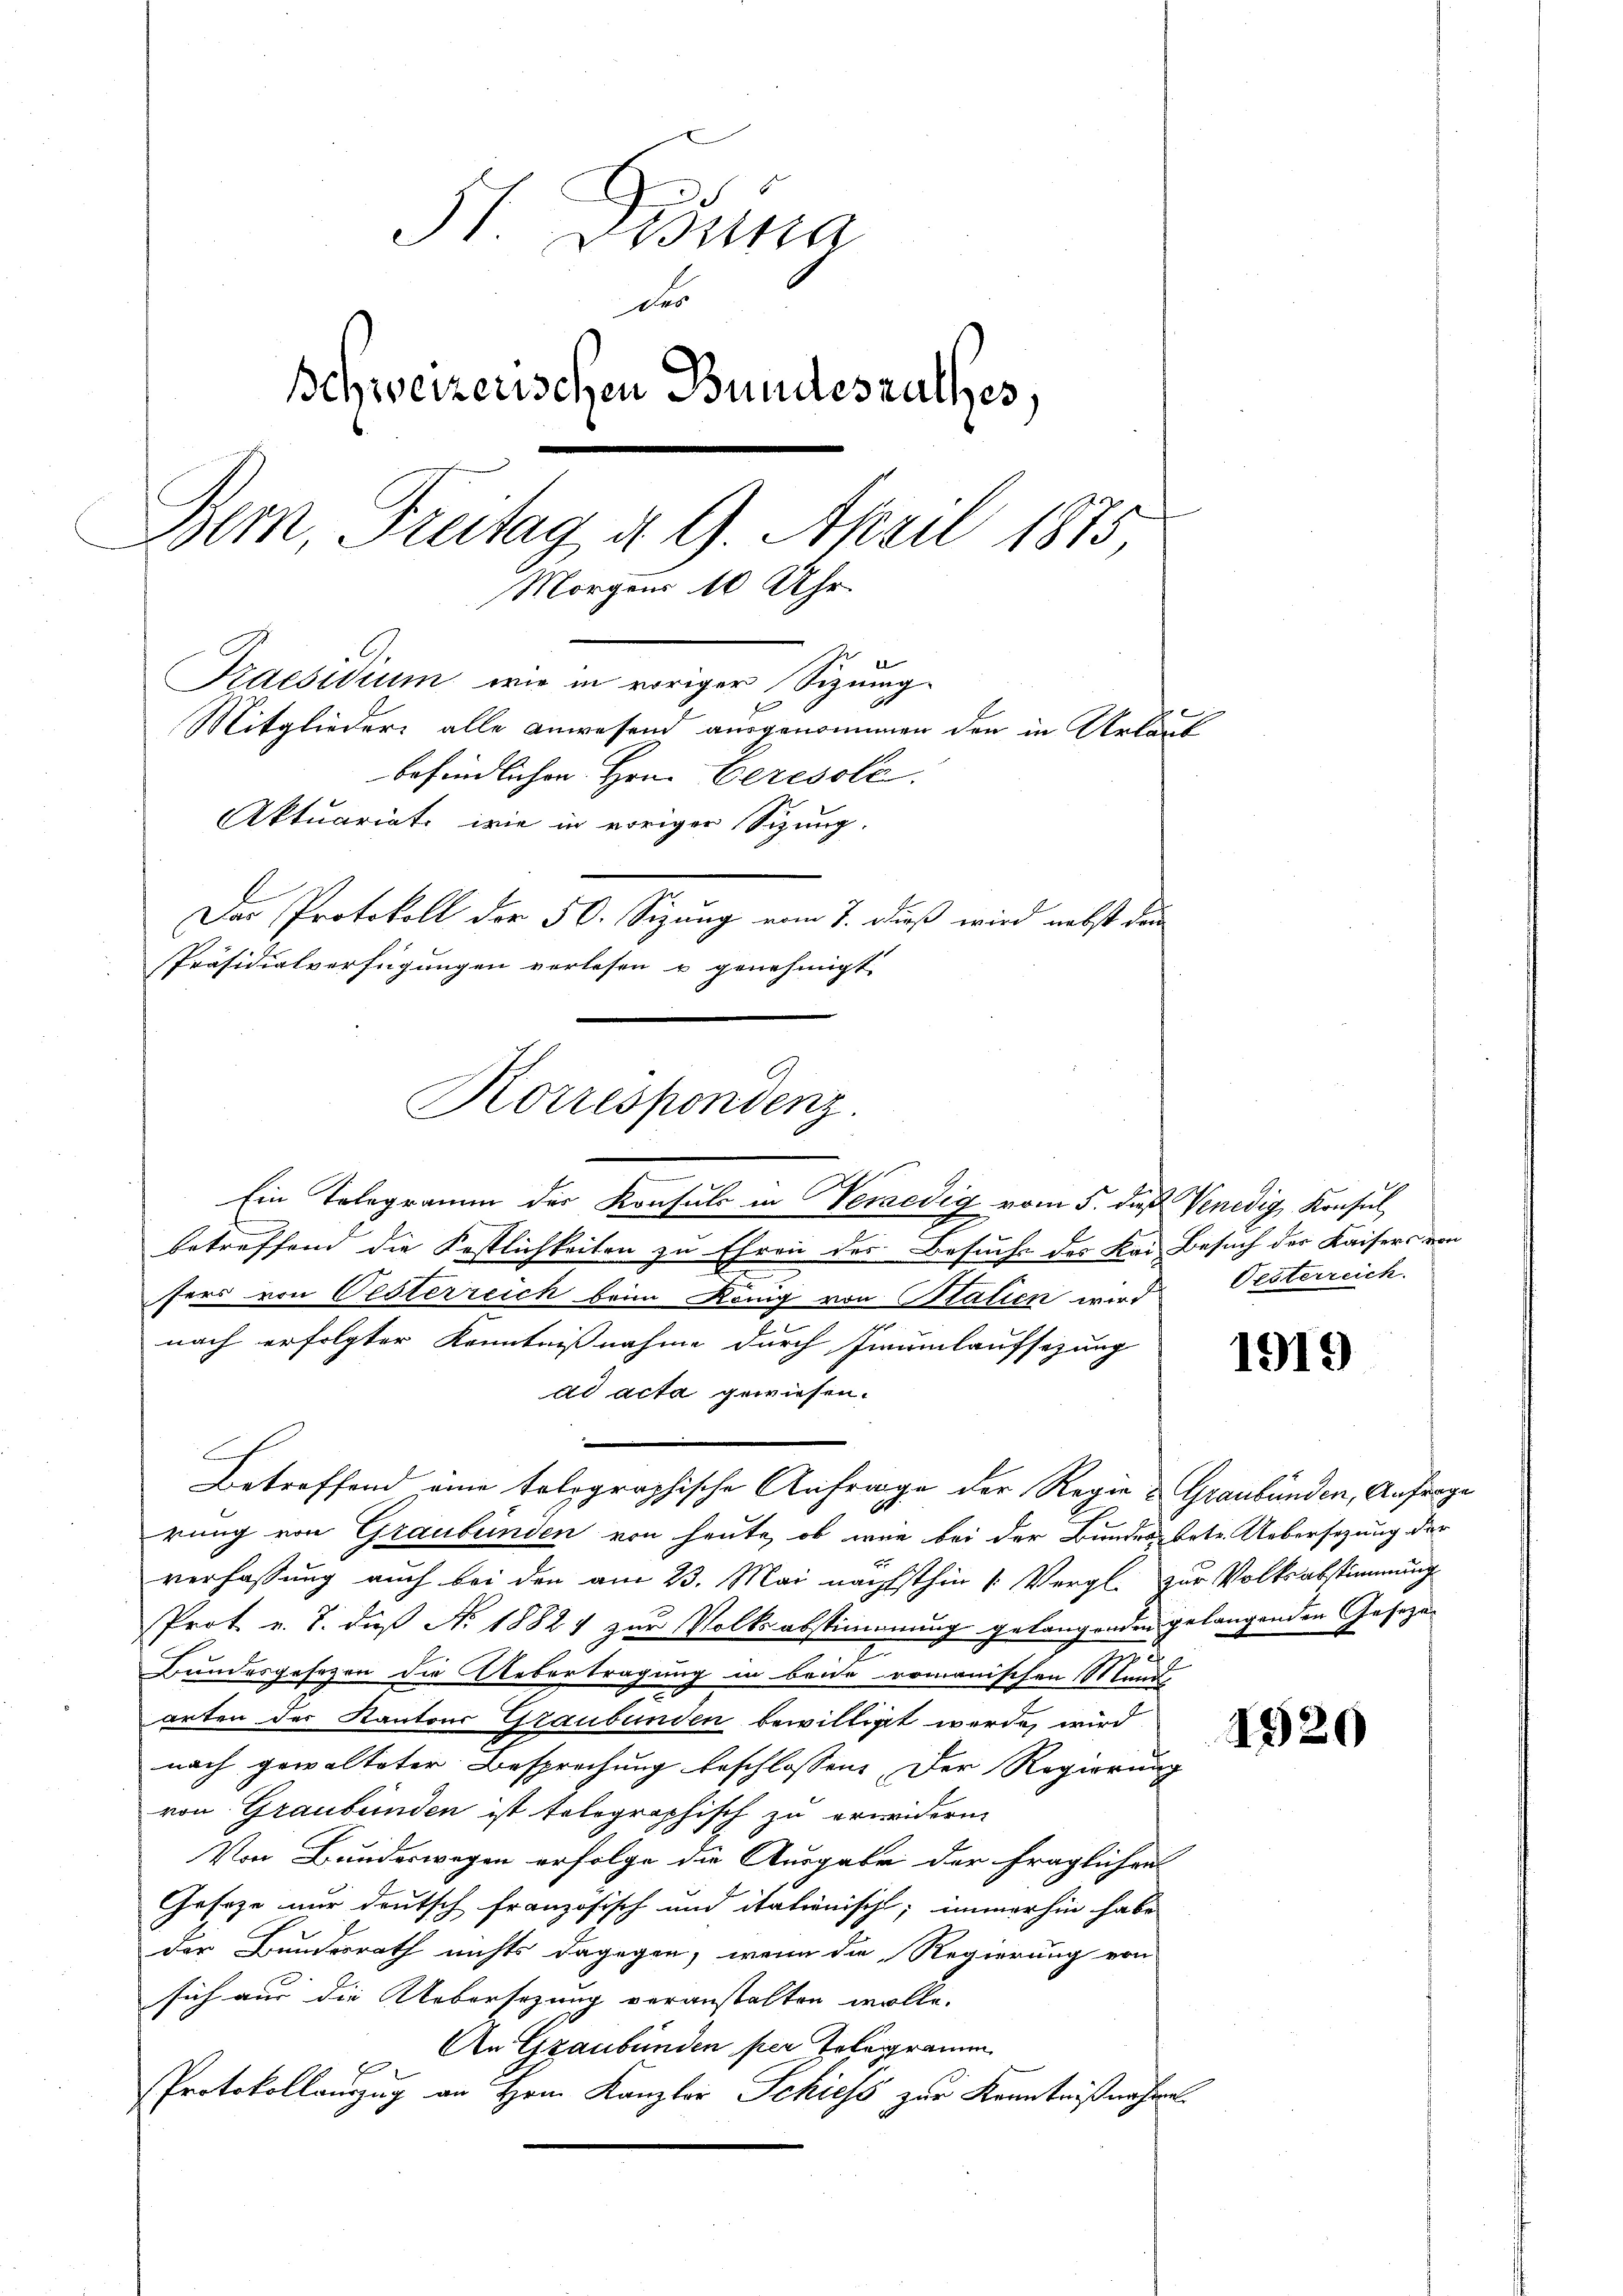
St. Gisina
Des
Schweizerischen Bundesrathes.
Bem, Freitag d. 9. April 1875,
Morgens 10 Uhr
Praesidium wie in voriger Sizung
Mitglieder alle Anwesend ausgenommen den in Urlaut
befindlichen Hrn. Ceresolé.
Aktuariate wie in voriger Sitzung.

Das Protokoll der 50. Sizung vom 7. dieß wird nebst den
Präsidialverfügungen verlesen u genehmigt.
Ein Telegramm des Konsuls in Veraedig vom 5. daß Venedig, Konsul
betreffend die Festlichkeiten zu Ehren des Besuche des Kai Besuch der Kaisers von
e
u
fers von Oesterreich beim König von Statien wird
.
nach erfolgter Kenntnißnahme durch Imumlaufsetzung
ad acta gewiesen.
E
Betreffend eine tolographische Anfrage der Regie & Graubünden, Anfrage
rung von Graubünden von heute, ob wie bei der Bundes betr. Uebersezung der
6
verfassung auch bei den am 23. Mai nächsthin 1. Vergl. zur Volksabstimmung
Prot v. 7. daß No. 18824 zur Volksabstimmung gelangenden gelangenden Geseze
Bundesgesezen die Uebertragung in beide romanischen Mand
arten der Kantons Graubünden bewilligt werde, wird
nach gewalteter Besprochung beschlossen: Der Regierung
von Graubünden ist tolographisch zu erwidern
Von Bundeswegen erfolge die Ausgabe der fraglichen
Geseze nur deutsch französisch und italienischt; immerhin habe
der Bundesrath nichts dagegen, wenn die Regierung von
sich aus die Uebersezung veranstalten wolle.
An Graubünden per Telegramm
4
Protokollauszug an Hrn. Kanzler Schiess zur Kenntnißnahme

Korrespondenz

Pesterreich.

1919

1920